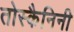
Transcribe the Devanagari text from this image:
तोस्कैनिनी